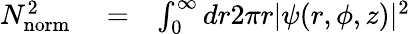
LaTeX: \begin{array}{rlr}{N_{\mathrm{norm}}^{2}}&{{}=}&{\int_{0}^{\infty}dr2\pi r|\psi(r,\phi,z)|^{2}}\end{array}